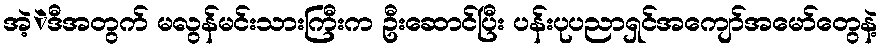
အဲ့ဲဒီအတွက် မလွန်မင်းသားကြီးက ဦးဆောင်ပြီး ပန်းပုပညာရှင်အကျော်အမော်တွေနဲ့